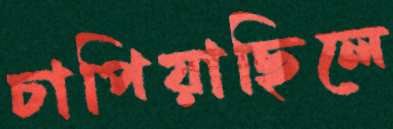
চাপিয়াছিলে